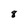
Character: 8